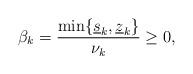
LaTeX: \begin{align*}\beta_k = \frac{\min \{ \underline{s}_k , \underline{z}_k \}}{\nu_k} \ge 0,\end{align*}